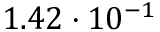
1 . 4 2 \cdot 1 0 ^ { - 1 }